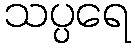
သပ္ပရေ